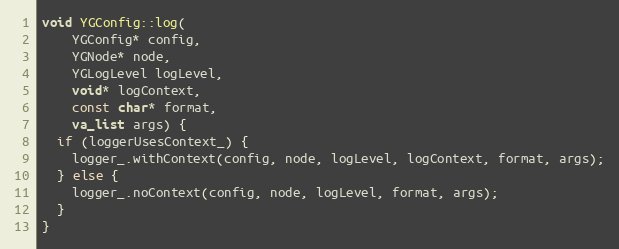
Language: C++
void YGConfig::log(
    YGConfig* config,
    YGNode* node,
    YGLogLevel logLevel,
    void* logContext,
    const char* format,
    va_list args) {
  if (loggerUsesContext_) {
    logger_.withContext(config, node, logLevel, logContext, format, args);
  } else {
    logger_.noContext(config, node, logLevel, format, args);
  }
}